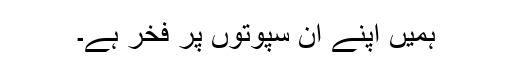
ہمیں اپنے ان سپوتوں پر فخر ہے۔